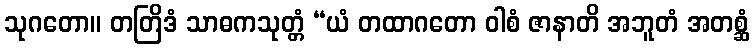
သုဂတော။ တတြိဒံ သာဓကသုတ္တံ “ယံ တထာဂတော ဝါစံ ဇာနာတိ အဘူတံ အတစ္ဆံ